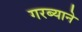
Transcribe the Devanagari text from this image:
गरब्याने